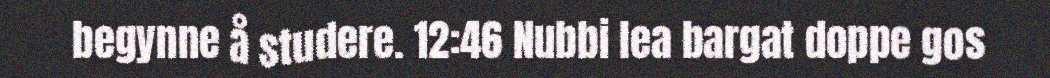
begynne å studere. 12:46 Nubbi lea bargat doppe gos